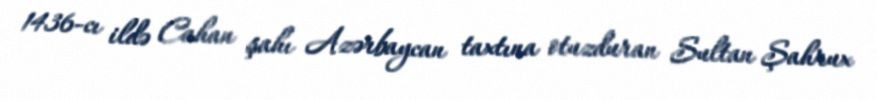
1436-cı ildə Cahan şahı Azərbaycan taxtına otuzduran Sultan Şahrux